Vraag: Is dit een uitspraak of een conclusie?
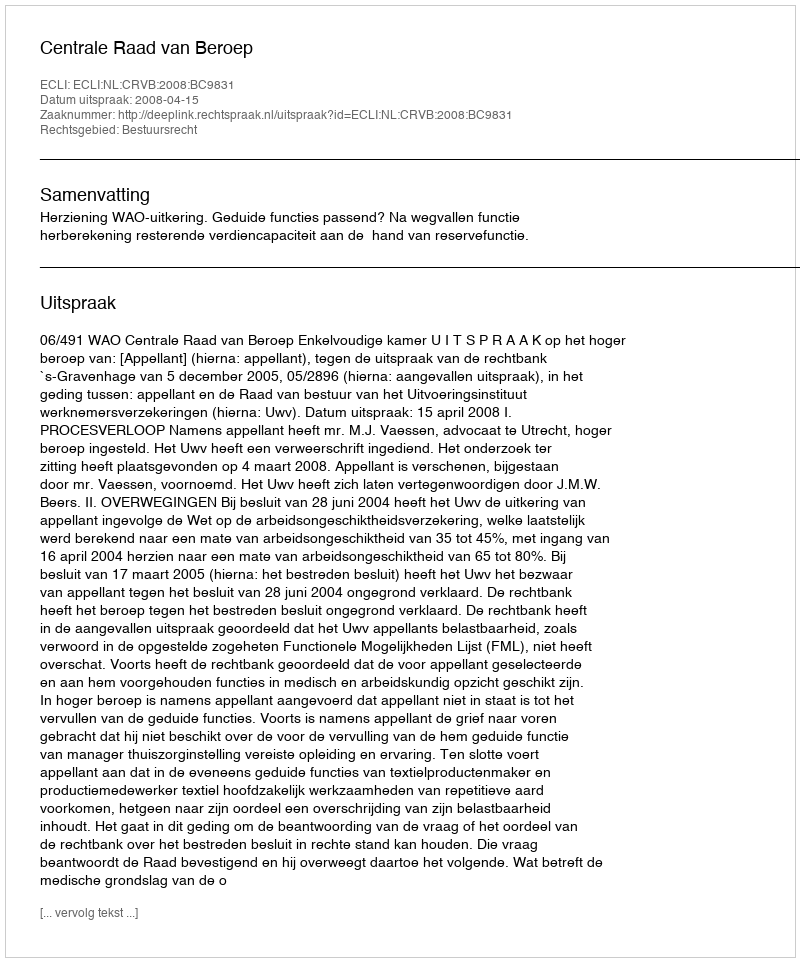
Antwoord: Uitspraak